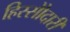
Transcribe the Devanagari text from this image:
हिस्सेोदारी